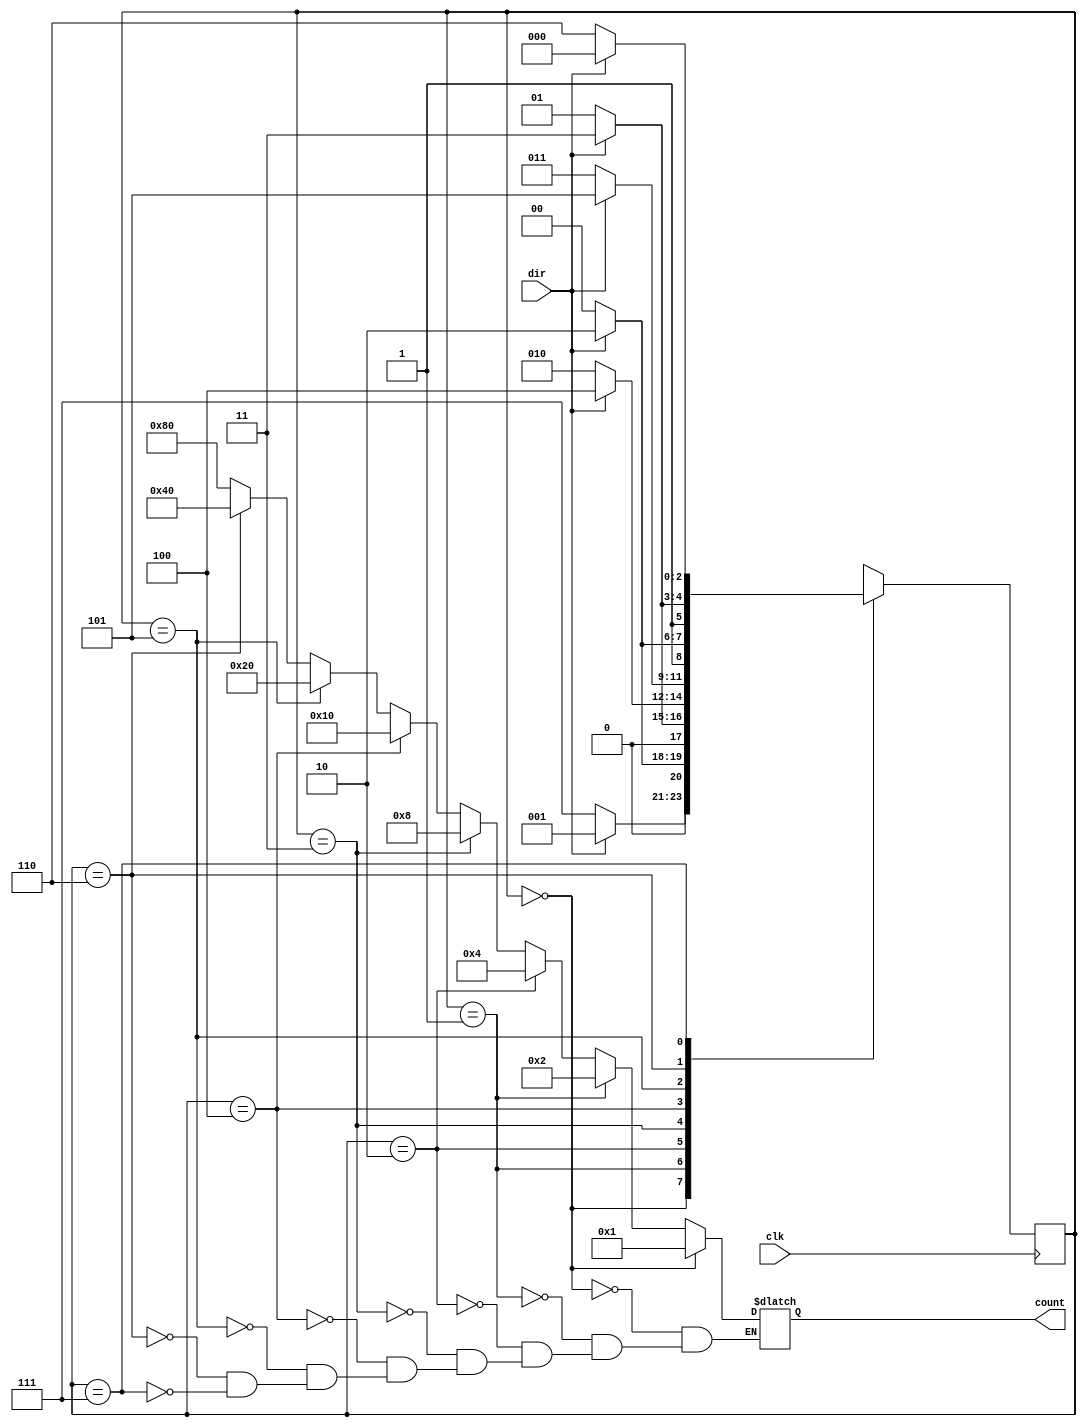
module onehot(input clk, input dir, output reg [7:0] count);
parameter S0 = 0, S1 = 1, 
	  S2 = 2, S3 = 3, 
	  S4 = 4, S5 = 5, 
	  S6 = 6, S7 = 7;

reg [2:0] state = 0;

always @(posedge clk)
begin
	case(state)
	S0:begin
	if(dir==1'b1)
		state <=  S1;
	else
		state <= S7;
	end
	S1:begin
	if(dir==1'b1)
		state <=  S2;
	else
		state <= S0;
	end
	S2:begin
	if(dir==1'b1)
		state <=  S3;
	else
		state <= S1;
	end
	S3:begin
	if(dir==1'b1)
		state <=  S4;
	else
		state <= S2;
	end
	S4:begin
	if(dir==1'b1)
		state <=  S5;
	else
		state <= S3;
	end
	S5:begin
	if(dir==1'b1)
		state <=  S6;
	else
		state <= S4;
	end
	S6:begin
	if(dir==1'b1)
		state <=  S7;
	else
		state <= S5;
	end
	S7:begin
	if(dir==1'b1)
		state <=  S0;
	else
		state <= S6;
	end
	default:begin
		state <= 0;
	end
	endcase
end

always@(state)
begin
	if (state == S0)
		count <= 8'b00000001;
	else if (state == S1)
		count <= 8'b00000010;
	else if (state == S2)
		count <= 8'b00000100;
	else if(state == S3)
		count <= 8'b00001000;
	else if (state == S4)
		count <= 8'b00010000;
	else if (state == S5)
		count <= 8'b00100000;
	else if (state == S6)
		count <= 8'b01000000;
	else if (state == S7)
		count <= 8'b10000000;
end
endmodule